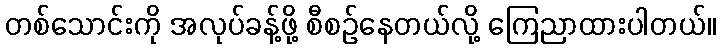
တစ်သောင်းကို အလုပ်ခန့်ဖို့ စီစဉ်နေတယ်လို့ ကြေညာထားပါတယ်။